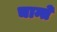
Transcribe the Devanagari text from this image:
चान्ते